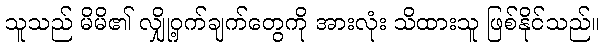
သူသည် မိမိ၏ လျှို့ဝှက်ချက်တွေကို အားလုံး သိထားသူ ဖြစ်နိုင်သည်။